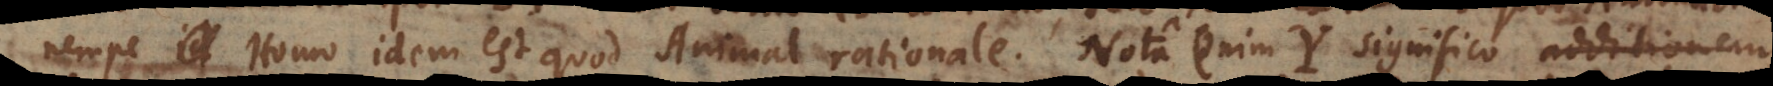
nempe Homo idem est quod Animal rationale. Nota enim Y significo additionem